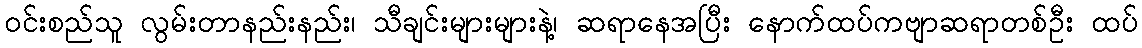
ဝင်းစည်သူ လွမ်းတာနည်းနည်း၊ သီချင်းများများနဲ့၊ ဆရာနေအပြီး နောက်ထပ်ကဗျာဆရာတစ်ဦး ထပ်